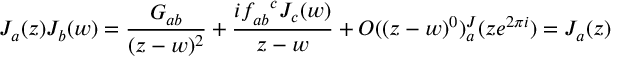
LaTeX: J _ { a } ( z ) J _ { b } ( w ) = \frac { G _ { a b } } { ( z - w ) ^ { 2 } } + \frac { i f _ { a b } ^ { \ \ c } J _ { c } ( w ) } { z - w } + O ( ( z - w ) ^ { 0 } ) \sp J _ { a } ( z e ^ { 2 \pi i } ) = J _ { a } ( z )